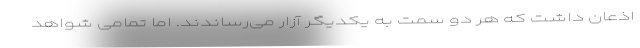
اذعان داشت که هر دو سمت به یکدیگر آزار می‌رساندند. اما تمامی شواهد